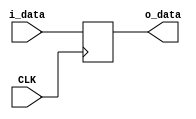
`timescale 1ns / 1ps
//////////////////////////////////////////////////////////////////////////////////
// Company: 
// Engineer: 
// 
// Design Name: 
// Module Name: DataLate
// Project Name: 
// Target Devices: 
// Tool Versions: 
// Description: 
// 
// Dependencies: 
// 
// Revision:
// Revision 0.01 - File Created
// Additional Comments:
// 
//////////////////////////////////////////////////////////////////////////////////


module DataLate(
    input [31:0] i_data,  
    input CLK,  
    output reg [31:0] o_data
    );  
  
    always @(negedge CLK) begin  
        o_data = i_data;  
    end  
  
endmodule